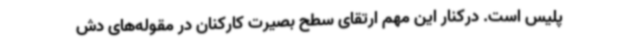
پلیس است. درکنار این مهم ارتقای سطح بصیرت کارکنان در مقوله‌های دش